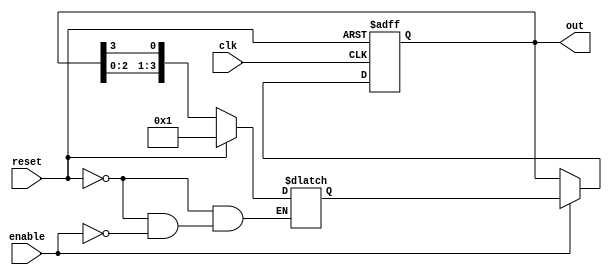
module ring_counter (
  input clk,
  input reset,
  input enable,
  output reg [3:0] out
);

reg [3:0] next_state;

always @ (posedge clk or posedge reset) begin
  if (reset) begin
    out <= 4'b0001;
  end else if (enable) begin
    out <= next_state;
  end
end

always @ * begin
  if (reset) begin
    next_state = 4'b0001;
  end else if (enable) begin
    next_state = {out[2:0], out[3]};
  end
end

endmodule